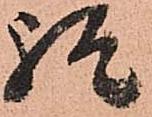
経